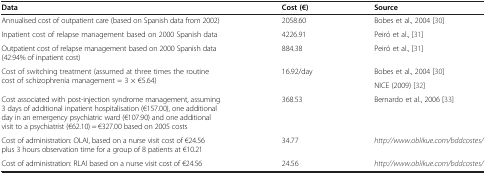
| Data | Cost (€) | Source |
 | --- | --- | --- |
 | Annualised cost of outpatient care (based on Spanish data from 2002) | 2058.60 | Bobes et al., 2004 [30] |
 | Inpatient cost of relapse management based on 2000 Spanish data | 4226.91 | Peiró et al., [31] |
 | Outpatient cost of relapse management based on 2000 Spanish data (42.94% of inpatient cost) | 884.38 | Peiró et al., [31] |
 | <ROWSPAN=2> Cost of switching treatment (assumed at three times the routine cost of schizophrenia management = 3 × €5.64) | <ROWSPAN=2> 16.92/day | Bobes et al., 2004 [30] |
 | NICE (2009) [32] |
 | Cost associated with post-injection syndrome management, assuming 3 days of additional inpatient hospitalisation (€157.00), one additional day in an emergency psychiatric ward (€107.90) and one additional visit to a psychiatrist (€62.10) = €327.00 based on 2005 costs | 368.53 | Bernardo et al., 2006 [33] |
 | Cost of administration: OLAI, based on a nurse visit cost of €24.56 plus 3 hours observation time for a group of 8 patients at €10.21 | 34.77 | http://www.oblikue.com/bddcostes/ |
 | Cost of administration: RLAI based on a nurse visit cost of €24.56 | 24.56 | http://www.oblikue.com/bddcostes/ |